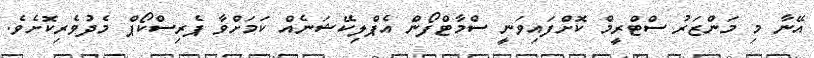
އޭނާ މި މަންޒަރު ސްޓްރީމް ކޮށްފައިވަނީ ސްމާޓްފޯން އެޕްލިކޭޝަނެއް ކަމަށްވާ ޕެރިސްކޯޕް މެދުވެރިކޮށެވެ.